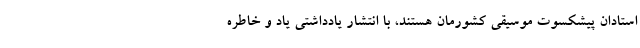
استادان پیشکسوت موسیقی کشورمان هستند، با انتشار یادداشتی یاد و خاطره